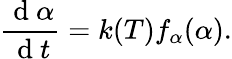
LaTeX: \frac{\mathrm{~d~}\alpha}{\mathrm{~d~}t}=k(T)f_{\alpha}(\alpha).